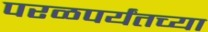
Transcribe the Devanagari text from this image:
परळपर्यंतच्या